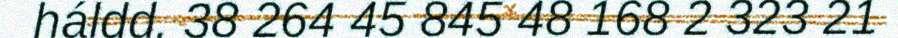
háldd. 38 264 45 845 48 168 2 323 21